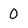
Character: 0